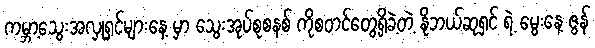
ကမ္ဘာ့သွေးအလှုရှင်များနေ့ မှာ သွေးအုပ်စုစနစ် ကိုစတင်တွေ့ရှိခဲ့တဲ့ နိုဘယ်ဆုရှင် ရဲ့ မွေးနေ့ ဇွန်